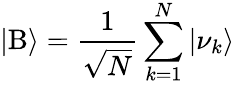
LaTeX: |\mathrm{B}\rangle=\frac{1}{\sqrt{N}}\sum_{k=1}^{N}|\nu_{k}\rangle